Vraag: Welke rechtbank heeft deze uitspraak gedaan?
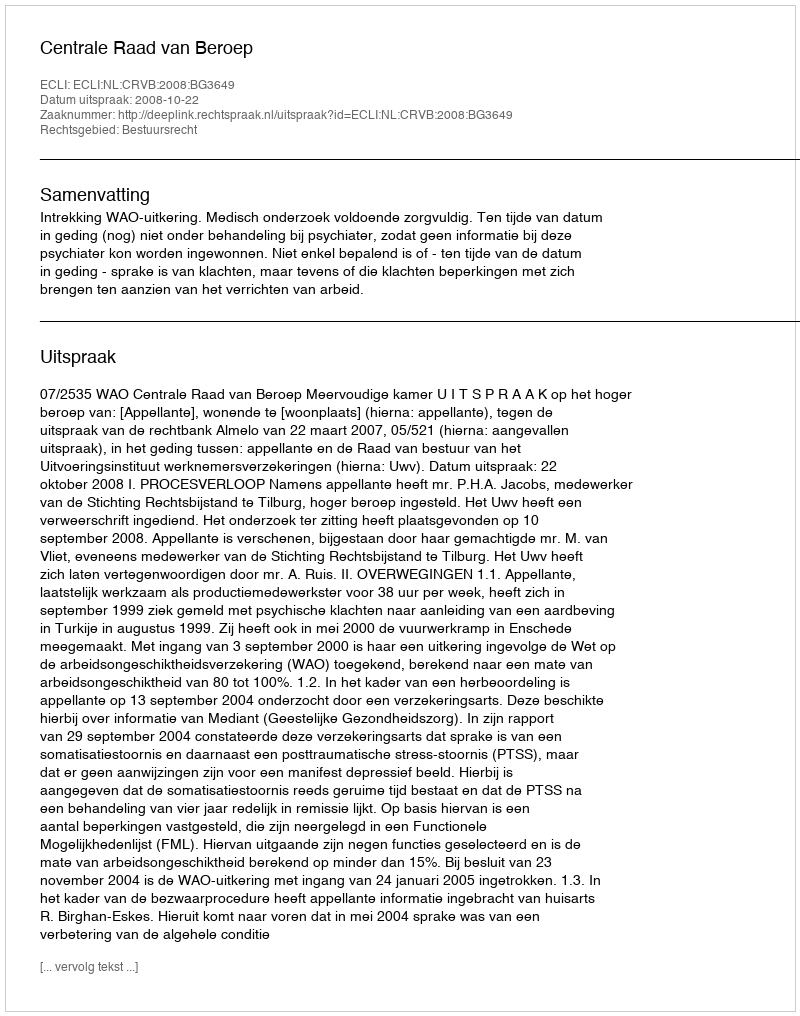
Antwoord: Centrale Raad van Beroep